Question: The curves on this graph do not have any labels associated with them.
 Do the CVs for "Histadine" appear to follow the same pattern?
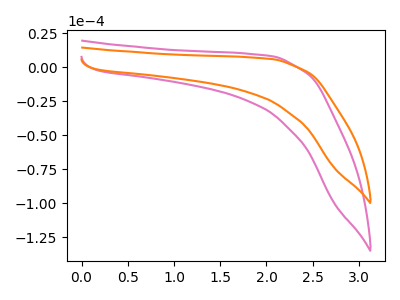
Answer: <think>The pink curve "pink" has no peaks. The orange curve "orange" has no peaks.
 Neither "pink" or "orange" have any peaks.</think>
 <answer>All the CV's of "Histadine" have similar shape.</answer>
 <eval>follow_rule</eval>